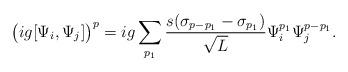
LaTeX: \begin{align*}\big(ig[\Psi_i,\Psi_j]\big)^p=ig\sum_{p_1}\frac{s(\sigma_{p-p_1}-\sigma_{p_1}) }{\sqrt{L}}\Psi_i^{p_1}\Psi_j^{p-p_1}.\end{align*}